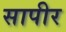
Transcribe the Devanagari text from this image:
सापीर